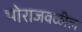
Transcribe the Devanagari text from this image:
भोराजवळील